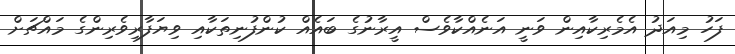
ފަހު މިއަދު އެމެރިކާއިން ވަނީ އަނެއްކާވެސް އީރާނުގެ ބައެއް ކުންފުނިތަކާއި ވިޔަފާރިވެރިންގެ މައްޗަށް